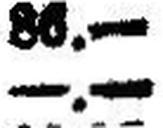
—.—